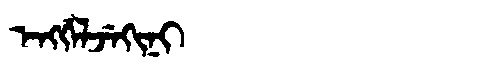
Manchu: ᡝᠩᡤᡝᠯᠵᡝᡴᡳᠨᡳ
Romanization: ENGGELJEKINI